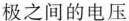
极之间的电压